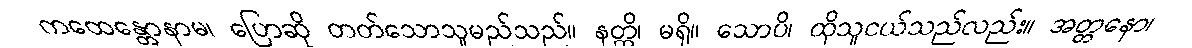
ကထေန္တောနာမ၊ ပြောဆို တတ်သောသူမည်သည်။ နတ္တိ၊ မရှိ။ သောပိ၊ ထိုသူငယ်သည်လည်း။ အတ္တနော၊